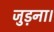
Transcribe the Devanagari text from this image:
जुड़ना।